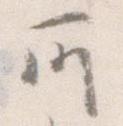
所